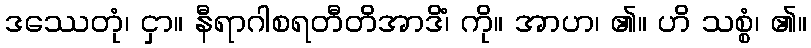
ဒဿေတုံ၊ ငှာ။ နီရာဂါစရတီတိအာဒိံ၊ ကို။ အာဟ၊ ၏။ ဟိ သစ္စံ၊ ၏။